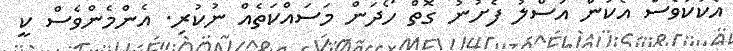
އެކަކުވެސް އެކަން އަސްލު ފެށުނު ގޮތް ހޯދަން މަސައްކަތެއް ނުކުރި. އެންމެންވެސް ކީ